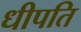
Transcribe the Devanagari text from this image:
धीपति